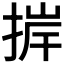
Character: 𢮹